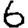
Digit: 6